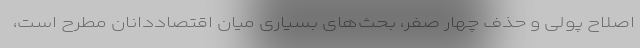
اصلاح پولی و حذف چهار صفر، بحث‌های بسیاری میان اقتصاددانان مطرح است،